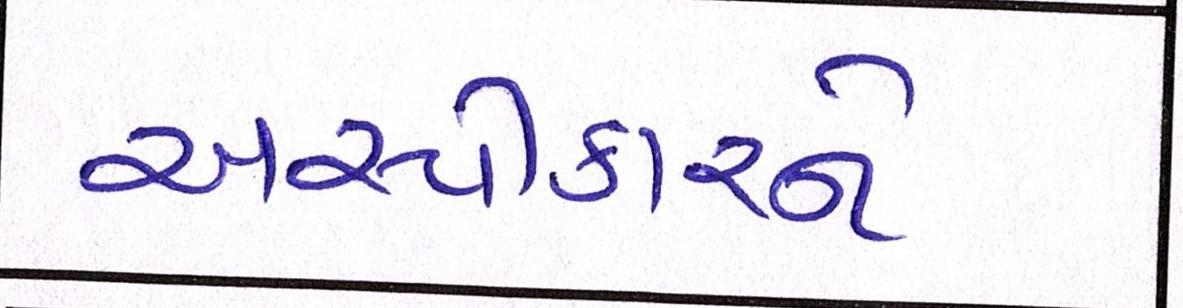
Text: અસ્વીકારને